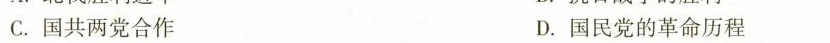
C. 国共两党合作 D. 国民党的革命历程